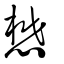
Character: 懋